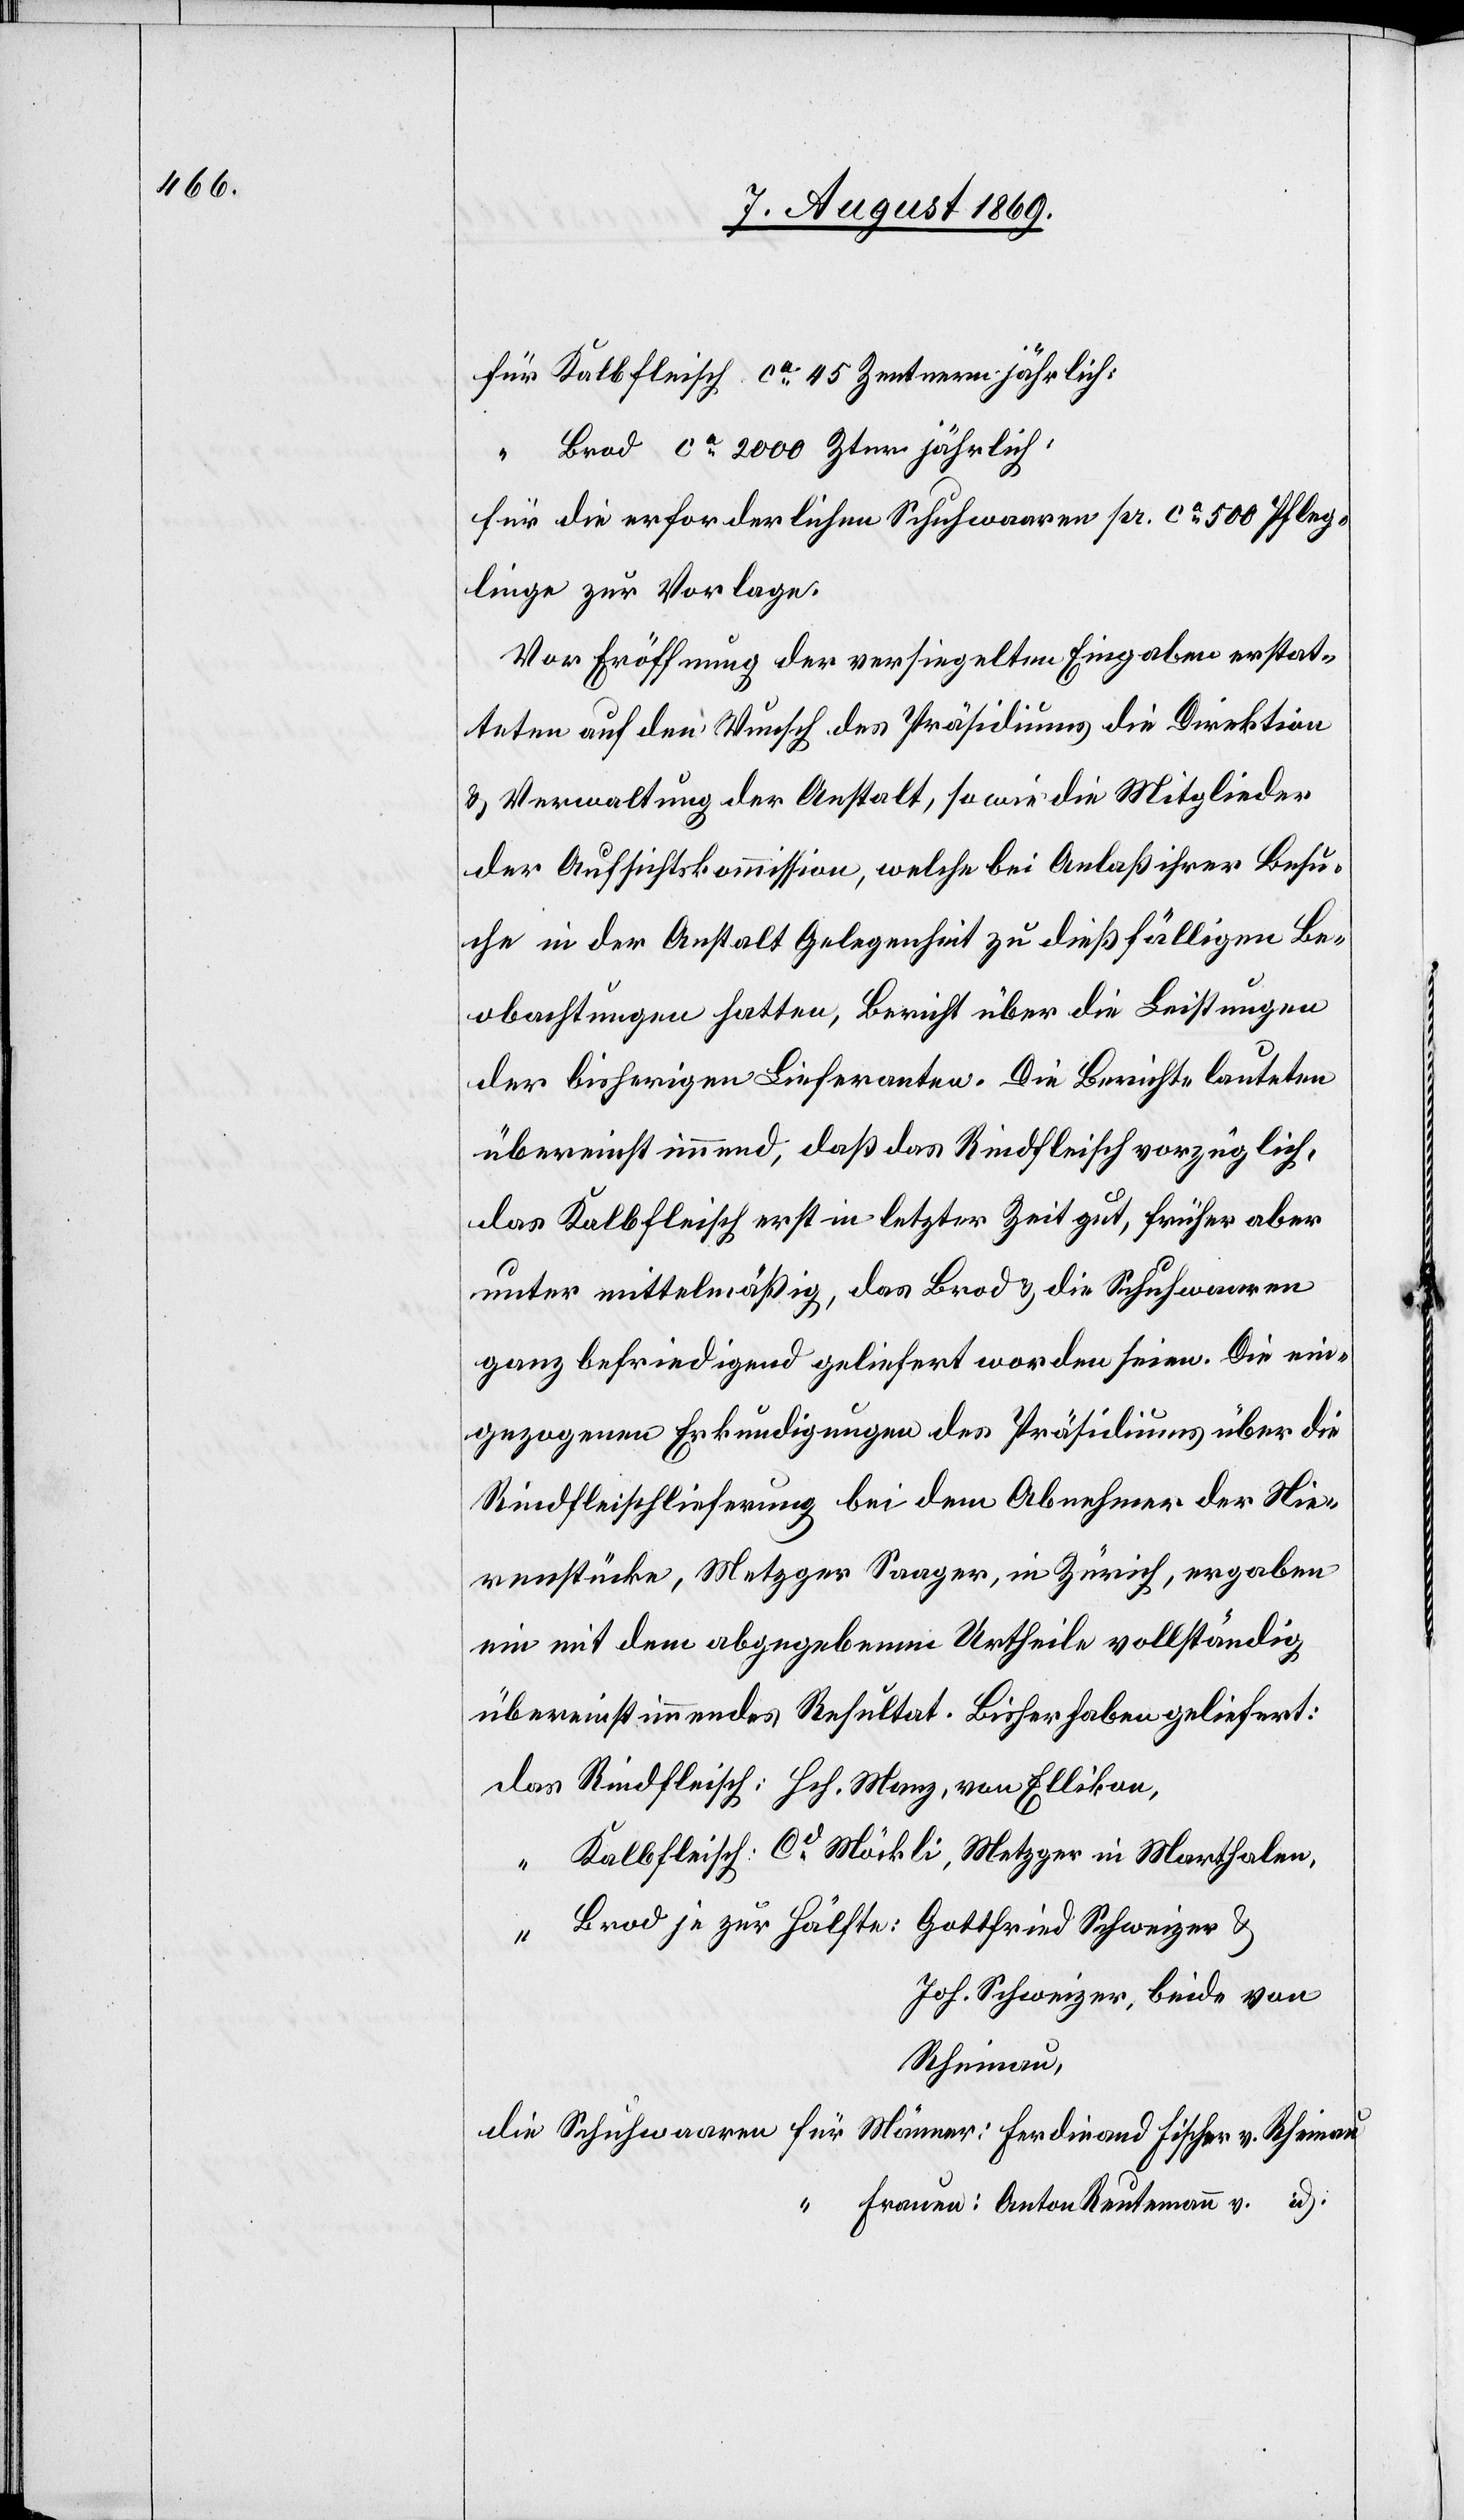
für Kalbfleisch ca 45 Zentnern jährlich:
“ Brod ca 2 000 Ztnr. jährlich:
für die erforderlichen Schuhwaaren pr. ca 500 Pfleg¬
linge zur Vorlage:
Vor Eröffnung der versiegelten Eingaben erstat¬
teten auf den Wunsch des Präsidiums die Direktion
& Verwaltung der Anstalt, sowie die Mitglieder
der Aufsichtskommission, welche bei Anlaß ihrer Besu¬
che in der Anstalt Gelegenheit zu dießfälligen Be¬
obachtungen hatten, Bericht über die Leistungen
der bisherigen Lieferanten. Die Berichte lauteten
übereinstimmend, daß das Rindfleisch vorzüglich,
das Kalbfleisch erst in letzter Zeit gut, früher aber
unter mittelmäßig, das Brod & die Schuhwaaren
ganz befriedigend geliefert worden seien. Die ein¬
gezogenen Erkundigungen des Präsidiums über die
Rindfleischlieferung bei dem Abnehmer der Nie¬
renstücke, Metzger Saager, in Zürich, ergaben
ein mit dem abgegebenen Urtheile vollständig
übereinstimmendes Resultat. Bisher haben geliefert:
Das Rindfleisch: Hch. Manz, von Ellikon,
“ Kalbfleisch: Cd Möckli, Metzger in Marthalen,
“ Brod je zur Hälfte: Gottfried Schweizer &
Joh. Schweizer, beide von
Rheinau,
die Schuhwaaren für Männer: Ferdinand Fischer v. Rheinau
“ Frauen: Anton Reutemann v. id.